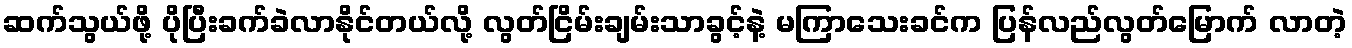
ဆက်သွယ်ဖို့ ပိုပြီးခက်ခဲလာနိုင်တယ်လို့ လွတ်ငြိမ်းချမ်းသာခွင့်နဲ့ မကြာသေးခင်က ပြန်လည်လွတ်မြောက် လာတဲ့